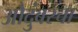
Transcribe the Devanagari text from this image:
औदुंबरचा